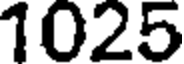
1025